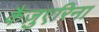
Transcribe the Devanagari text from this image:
कैज़ुएरिना